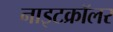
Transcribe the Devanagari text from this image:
नाइटक्रॉलर